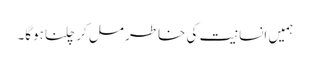
ہمیں انسانیت کی خاطر مل کر چلنا ہوگا۔